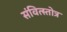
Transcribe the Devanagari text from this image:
संवित्स्तोत्र